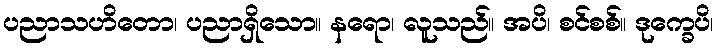
ပညာသဟိတော၊ ပညာရှိသော။ နရော၊ လူသည်။ အပိ၊ စင်စစ်။ ဒုက္ခေပိ၊